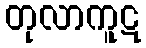
တုလာကူဋ